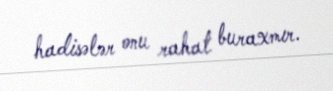
hadisələr onu rahat buraxmır.